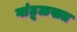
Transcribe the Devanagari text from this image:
गांढूळखत